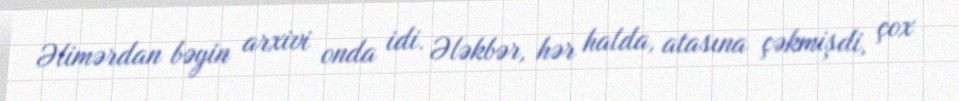
Əlimərdan bəyin arxivi onda idi. Ələkbər, hər halda, atasına çəkmişdi, çox